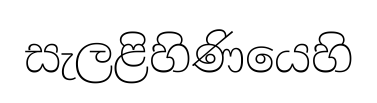
සැලළිහිණියෙහි